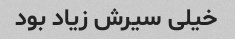
خیلی سیرش زیاد بود